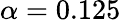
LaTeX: \alpha=0.125